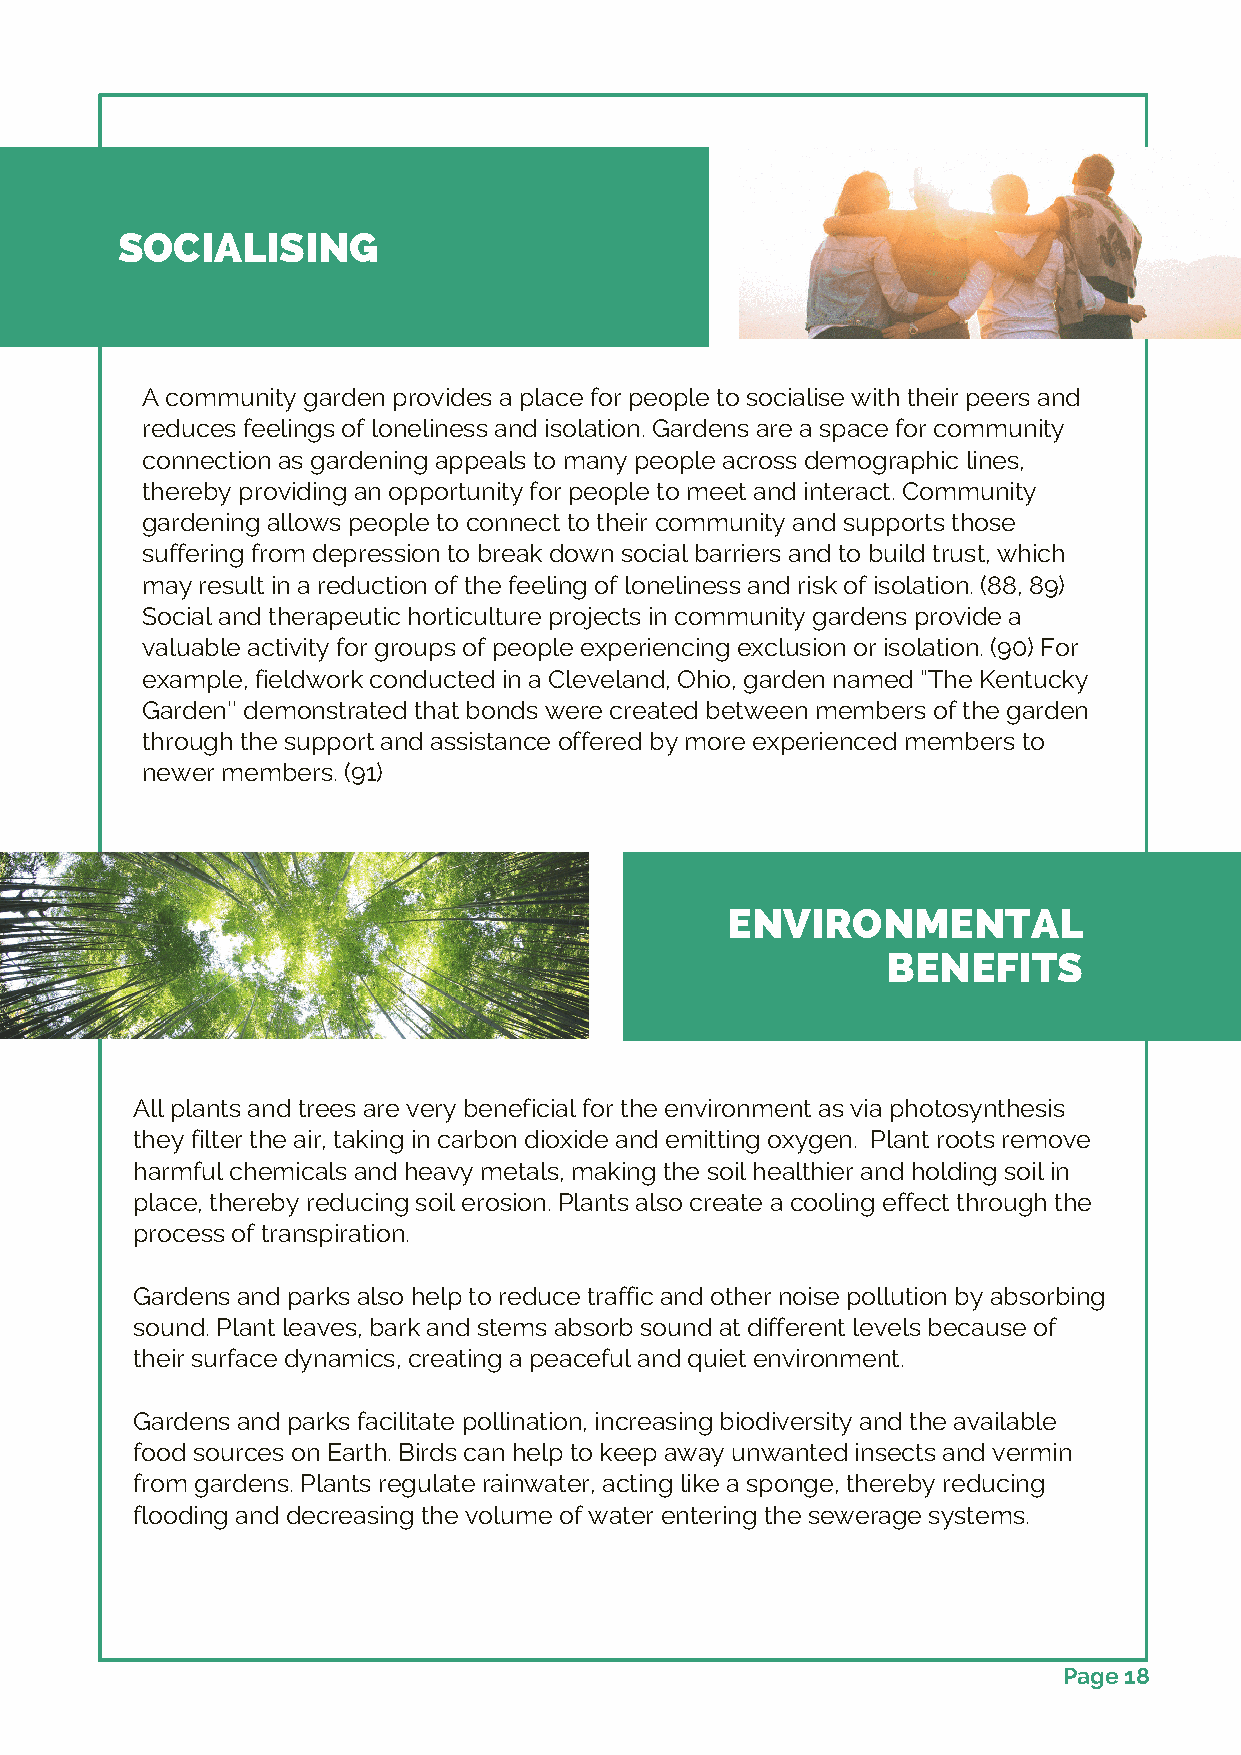
SOCIALISING
 A community garden provides a place for people to socialise with their peers and
 reduces feelings of loneliness and isolation. Gardens are a space for community
 connection as gardening appeals to many people across demographic lines,
 thereby providing an opportunity for people to meet and interact. Community
 gardening allows people to connect to their community and supports those
 suffering from depression to break down social barriers and to build trust, which
 may result in a reduction of the feeling of loneliness and risk of isolation. (88, 89)
 Social and therapeutic horticulture projects in community gardens provide a
 valuable activity for groups of people experiencing exclusion or isolation. (90) For
 example, fieldwork conducted in a Cleveland, Ohio, garden named “The Kentucky
 Garden'' demonstrated that bonds were created between members of the garden
 through the support and assistance offered by more experienced members to
 newer members. (91)
 ENVIRONMENTAL
 BENEFITS
 All plants and trees are very beneficial for the environment as via photosynthesis
 they filter the air, taking in carbon dioxide and emitting oxygen. Plant roots remove
 harmful chemicals and heavy metals, making the soil healthier and holding soil in
 place, thereby reducing soil erosion. Plants also create a cooling effect through the
 process of transpiration.
 Gardens and parks also help to reduce traffic and other noise pollution by absorbing
 sound. Plant leaves, bark and stems absorb sound at different levels because of
 their surface dynamics, creating a peaceful and quiet environment.
 Gardens and parks facilitate pollination, increasing biodiversity and the available
 food sources on Earth. Birds can help to keep away unwanted insects and vermin
 from gardens. Plants regulate rainwater, acting like a sponge, thereby reducing
 flooding and decreasing the volume of water entering the sewerage systems.
 Page 18